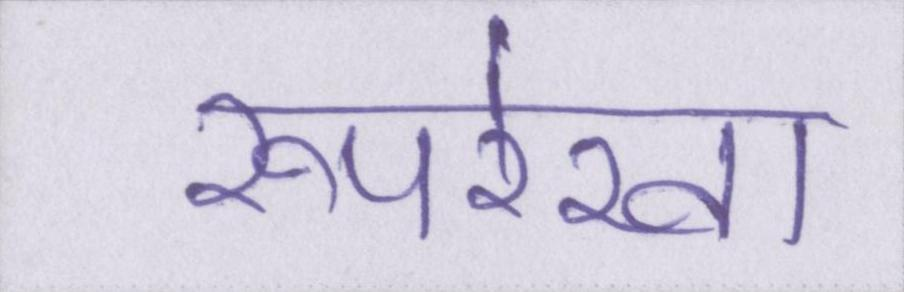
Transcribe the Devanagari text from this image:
रूपरेखा